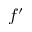
f ^ { \prime }